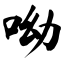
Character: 呦